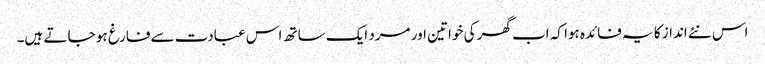
اس نئے انداز کا یہ فائدہ ہوا کہ اب گھر کی خواتین اور مرد ایک ساتھ اس عبادت سے فارغ ہو جا تے ہیں۔